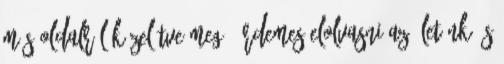
más oldalról közelítve meg. Érdemes elolvasni az Életünk és